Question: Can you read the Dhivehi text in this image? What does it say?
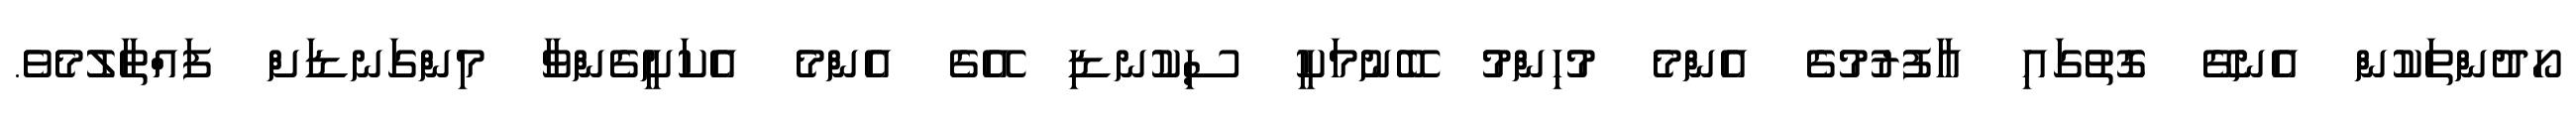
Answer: ހޯދުންތަކުން އެނގޭ ގޮތުގައި އާފުރުމުގެ އެންމެ މުހިންމު ބޭނުމަކީ ސިކުނޑި އޭގެ އެންމެ އެކަށީގެންވާ މިންގަނޑަށް ފައްތާލުމެވެ.